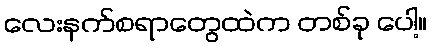
လေးနက်စရာတွေထဲက တစ်ခု ပေါ့။